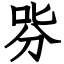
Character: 哛